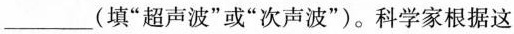
___(填“超声波”或“次声波”)。科学家根据这